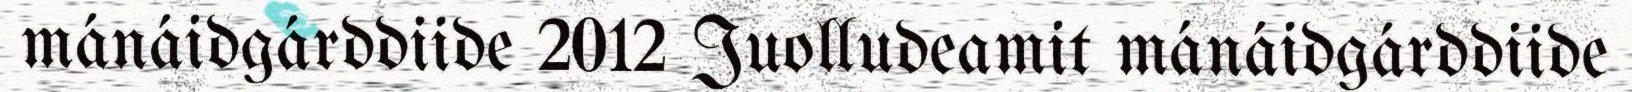
mánáidgárddiide 2012 Juolludeamit mánáidgárddiide